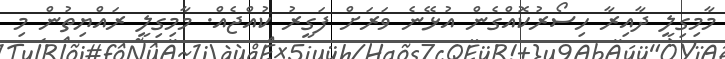
މާމިގިލީ ދާއިރާ ހިސޯރުކޮއްގެން އުޅޭނެ ވަރަށް ފަގީރު ކުއްޖެއް. މާމިގިލީ ރައްޔިތުން މި